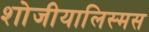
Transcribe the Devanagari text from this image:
शोजीयालिस्मस